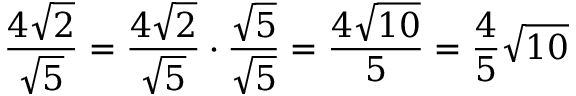
{ \frac { 4 { \sqrt { 2 } } } { \sqrt { 5 } } } = { \frac { 4 { \sqrt { 2 } } } { \sqrt { 5 } } } \cdot { \frac { \sqrt { 5 } } { \sqrt { 5 } } } = { \frac { 4 { \sqrt { 1 0 } } } { 5 } } = { \frac { 4 } { 5 } } { \sqrt { 1 0 } }